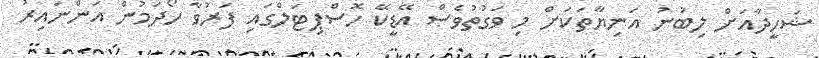
ޝަހީދާއަށް ލިބުނު އަނިޔާތަކަށް މި ވަގުތުވެސް އޭޑީކޭ ހޮސްޕިޓަލްގައި ފަރުވާ ހޯދަމުން އަންނައިރު